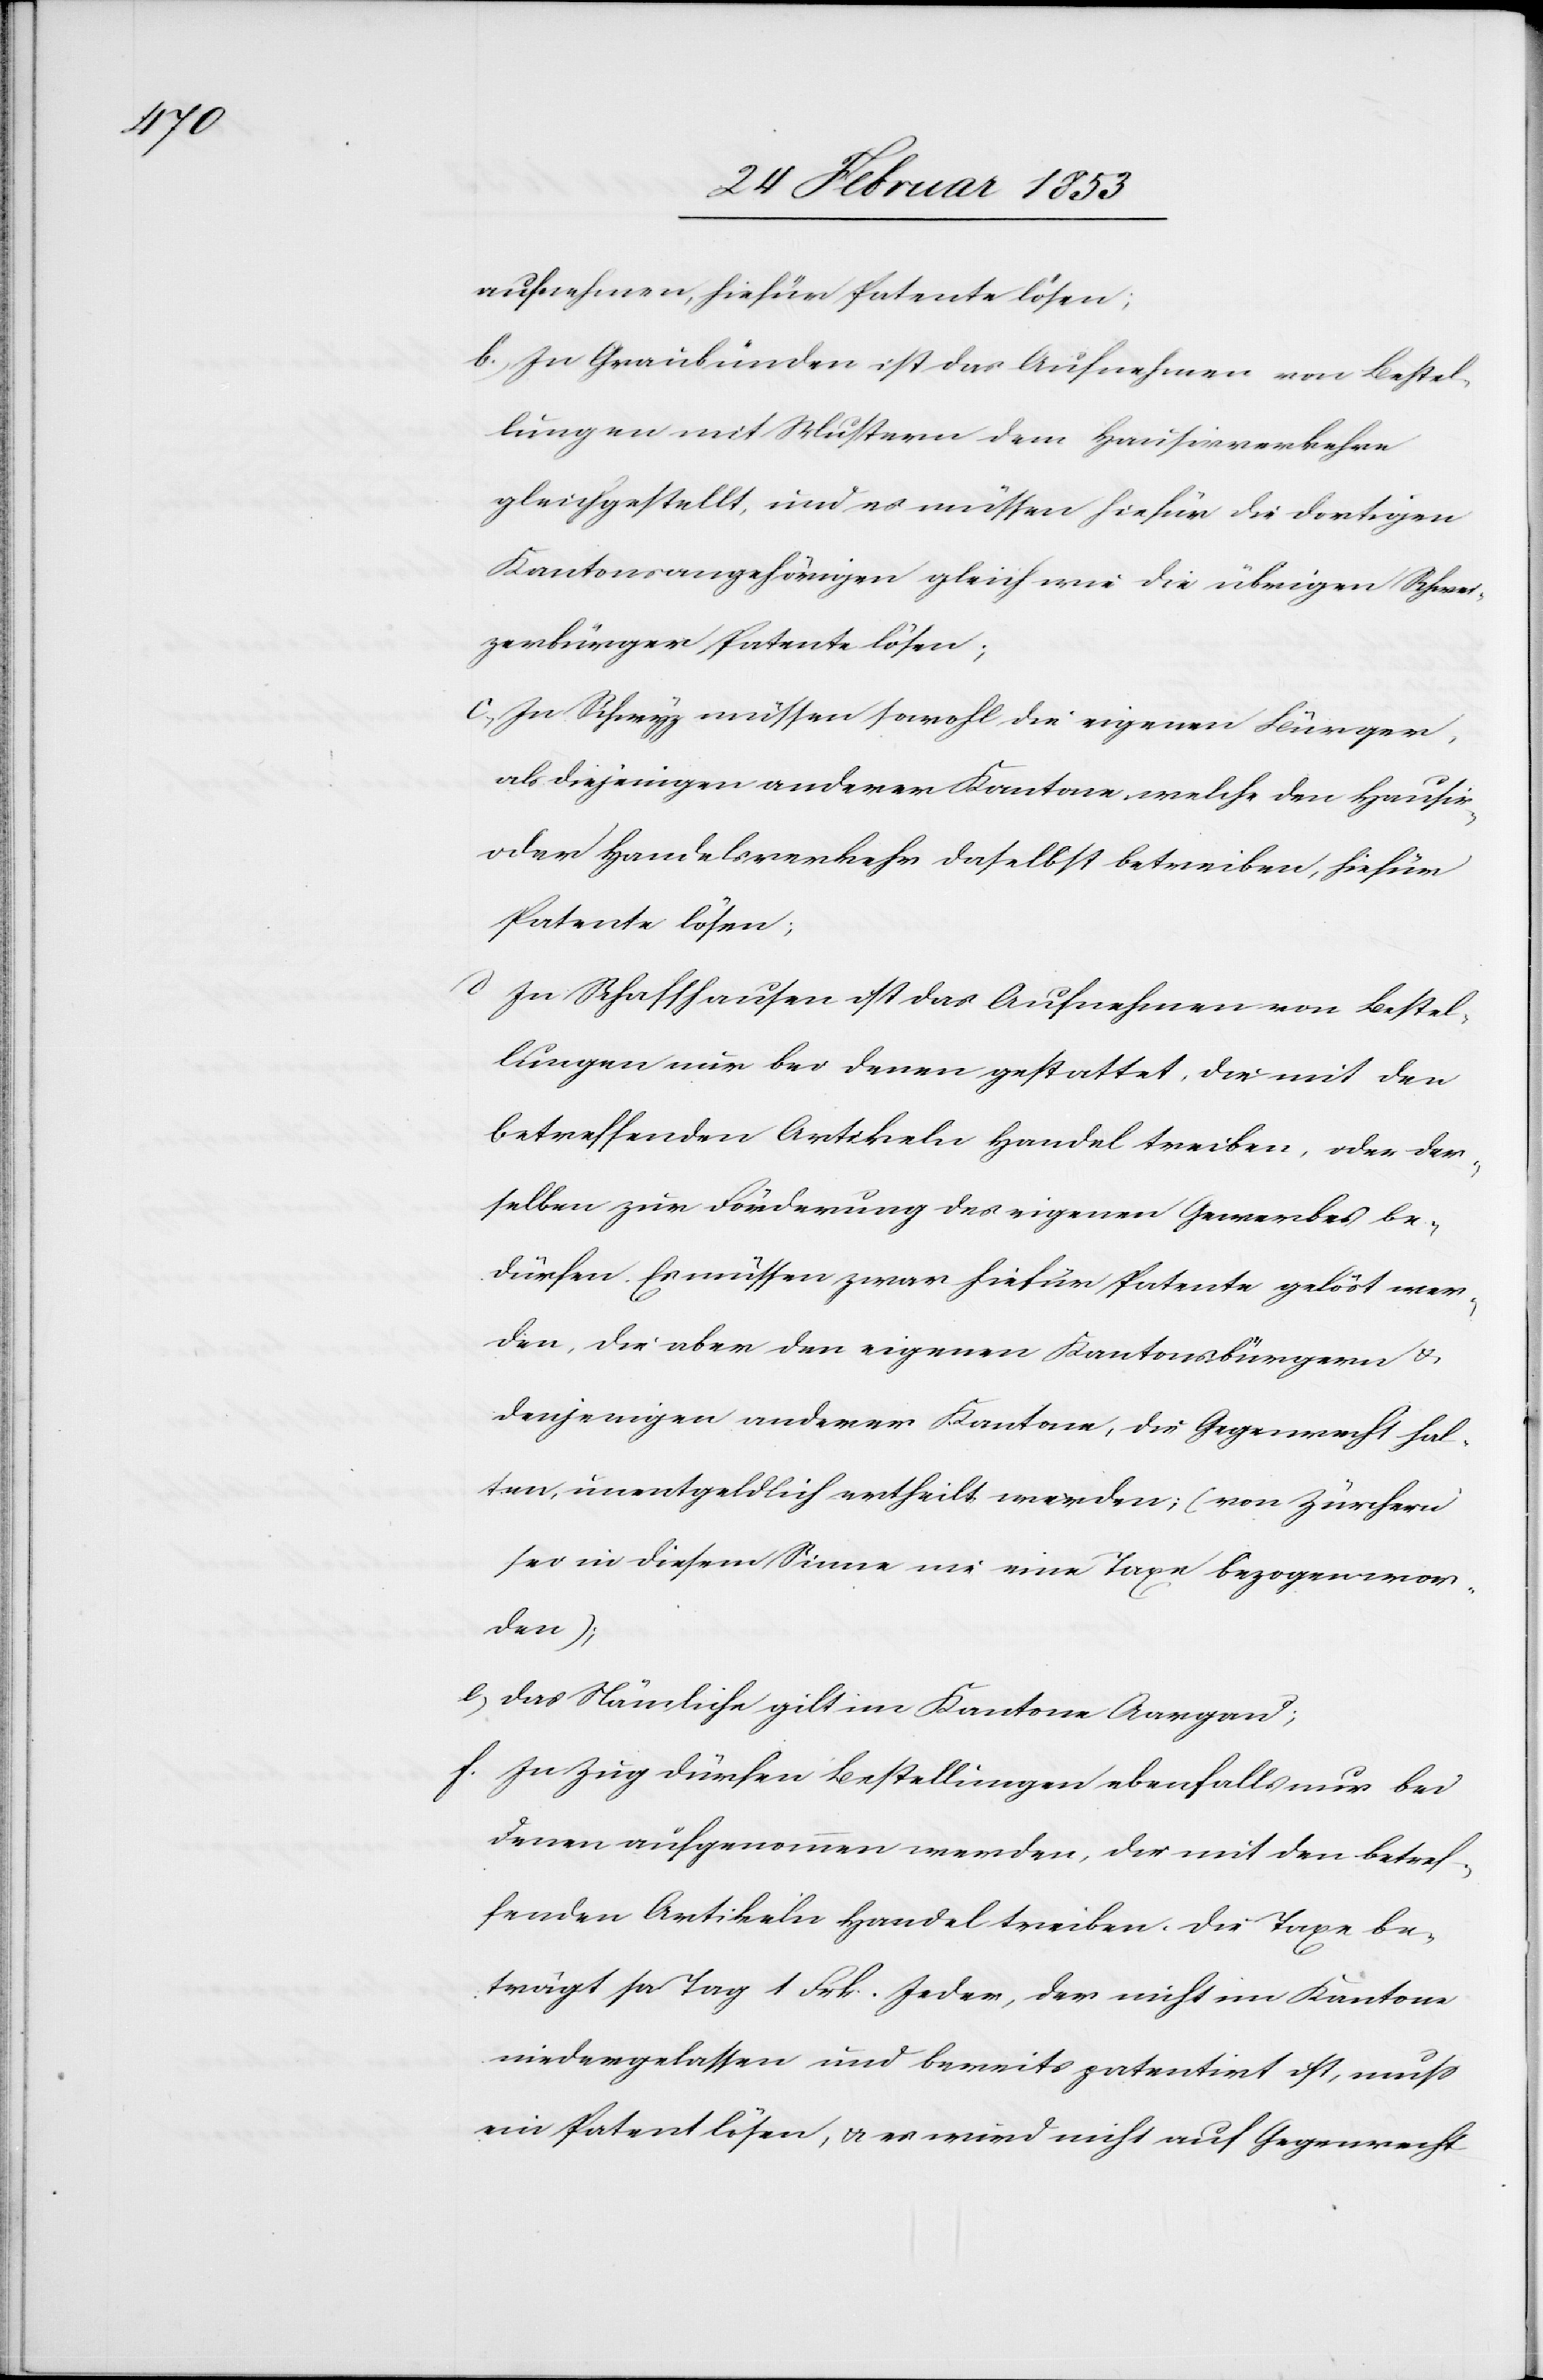
aufnehmen, hiefür Patente lösen;
b, In Graubündten ist das Aufnehmen von Bestel¬
lungen mit Mustern dem Hausierverkehre
gleichgestellt, und es müssen hiefür die dortigen
Kantonsangehörigen gleich wie die übrigen Schwei¬
zerbürger Patente lösen;
c, In Schwyz müssen sowohl die eigenen Bürger
als diejenigen anderer Kantone, welche den Hausir-
oder Handelsverkehr daselbst betreiben, hiefür
Patente lösen;
d, In Schaffhausen ist das Aufnehmen von Bestel¬
lungen nur bei denen gestattet, die mit den
betreffenden Artikeln Handel treiben, oder der¬
selben zur Förderung des eigenen Gewerbes be¬
dürfen. Es müssen zwar hiefür Patente gelöst wer¬
den, die aber den eigenen Kantonsbürgern u.
denjenigen anderer Kantone, die Gegenrecht hal¬
ten, unentgeldlich ertheilt werden; (von Zürchern
sei in diesem Sinne nie eine Taxe bezogen wor¬
den);
e, Das Nämliche gilt im Kantone Aargau;
f, Im Zug dürfen Bestellungen ebenfalls nur bei
denen aufgenommen werden, die mit den betref¬
fenden Artikeln Handel treiben. Die Taxe be¬
trägt pr. Tag 1 Frk. Jeder, der nicht im Kantone
niedergelassen und bereits patentirt ist, muß
ein Patent lösen, u. es wird nicht auf Gegenrecht